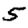
Digit: 5